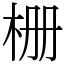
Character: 栅